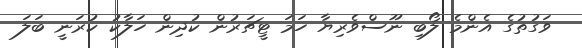
ވަގުތުގެ އެންމެ ލޯބި ނޫސްވެރިޔާ ހަމަ ޓީޗަރުން ކުދިން ހަލާކު ކުރަނީ ބަލަ